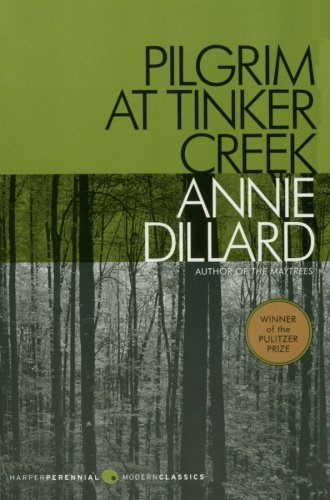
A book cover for Pilgrim at Tinker Creek (Harper Perennial Modern Classics); Annie Dillard; Literature & Fiction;